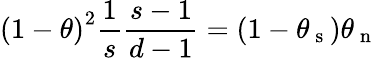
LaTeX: \left(1-\theta\right)^{2}\frac{1}{s}\frac{s-1}{d-1}=\left(1-\theta_{\mathrm{~s~}}\right)\theta_{\mathrm{~n~}}